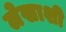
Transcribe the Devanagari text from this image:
लेखाशी